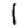
Digit: 1